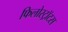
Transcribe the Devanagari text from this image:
फिलोस्ट्रॉटस